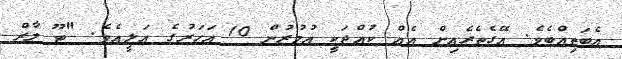
އެބަތިއްބެވެ. އޭގެތެރެއިން އެއް ކުއްޖަކީ އުމުރުން 10 އަހަރުގެ އަލީއެވެ. "ޓޫ ލާރް